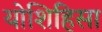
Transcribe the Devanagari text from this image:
योशिहिसा